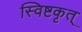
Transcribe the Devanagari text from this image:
स्विष्टकृत्